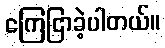
ကြေငြာခဲ့ပါတယ်။